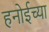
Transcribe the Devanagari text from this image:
हनोईच्या